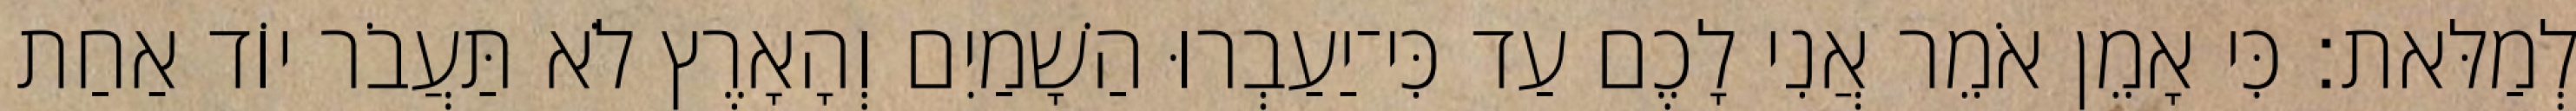
לְמַלּאת׃ כִּי אָמֵן אֹמֵר אֲנִי לָכֶם עַד כִּי־יַעַבְרוּ הַשָׁמַיִם וְהָאָרֶץ לֹא תַּעֲבֹר יוֹד אַחַת